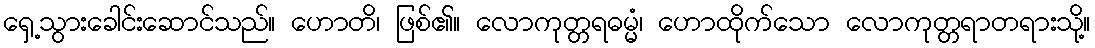
ရှေ့သွားခေါင်းဆောင်သည်။ ဟောတိ၊ ဖြစ်၏။ လောကုတ္တရဓမ္မံ၊ ဟောထိုက်သော လောကုတ္တရာတရားသို့။